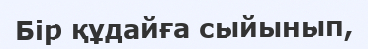
Бір құдайға сыйынып,